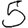
Digit: 5